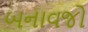
બનાવજો